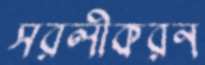
সরলীকরন